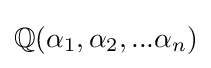
\mathbb {Q} (\alpha _{1},\alpha _{2},...\alpha _{n})